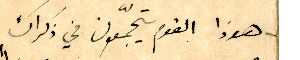
هوذا القوم يتجمّعون في ذكراك